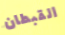
القبطان